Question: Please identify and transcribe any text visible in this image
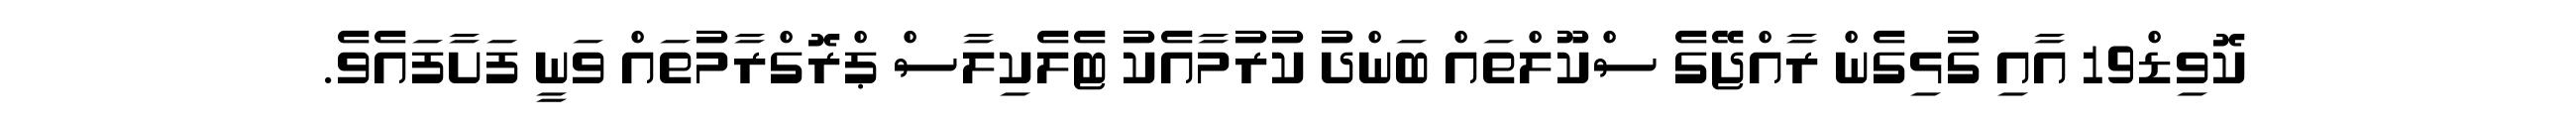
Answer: ކޮވިޑް19 އާއި ގުޅިގެން ރާއްޖޭގެ ސްކޫލްތައް ބަންދު ކުރުމާއެކު ޓެލެކިލާސް ޕްރޮގްރާމުތައް ވަނީ ފަށާފައެވެ.